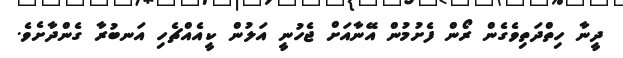
ދީނާ ހިތްދަތިވެގެން ރޯން ފެށުމުން އޭނާއަށް ޖެހުނީ އަލުން ކީއެއްޗެހި އަނބުރާ ގެންދާށެވެ.